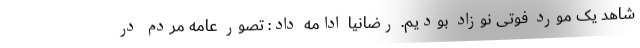
شاهد یک مورد فوتی نوزاد بودیم. رضانیا ادامه داد: تصور عامه مردم در